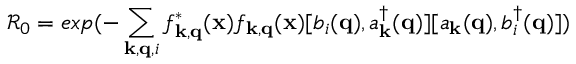
{ \mathcal { R } } _ { 0 } = e x p ( - \sum _ { { \bf { k } } , { \bf { q } } , i } f _ { { \bf { k } } , { \bf { q } } } ^ { * } ( { \bf { x } } ) f _ { { \bf { k } } , { \bf { q } } } ( { \bf { x } } ) [ b _ { i } ( { \bf { q } } ) , a _ { { \bf { k } } } ^ { \dagger } ( { \bf { q } } ) ] [ a _ { { \bf { k } } } ( { \bf { q } } ) , b _ { i } ^ { \dagger } ( { \bf { q } } ) ] )